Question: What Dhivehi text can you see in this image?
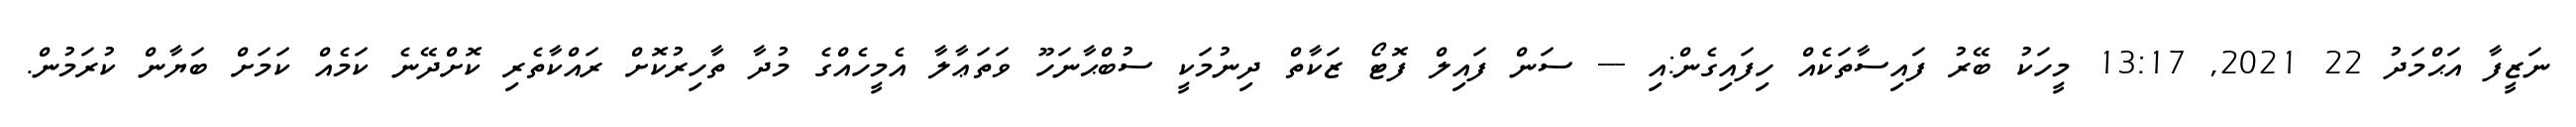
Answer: ނަޒީފާ އަޙްމަދު 22 2021, 13:17 މީހަކު ބޭރު ފައިސާތަކެއް ހިފައިގެން:އި --- ސަން ފައިލް ފޮޓޯ ޒަކާތް ދިނުމަކީ ސުބްޙާނަހޫ ވަތަޢާލާ އެމީހެއްގެ މުދާ ތާހިރުކޮށް ރައްކާތެރި ކޮށްދޭނެ ކަމެއް ކަމަށް ބަޔާން ކުރަމުން.